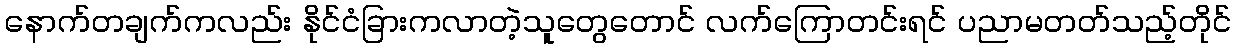
နောက်တချက်ကလည်း နိုင်ငံခြားကလာတဲ့သူတွေတောင် လက်ကြောတင်းရင် ပညာမတတ်သည့်တိုင်